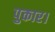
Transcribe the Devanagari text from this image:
पुकार।